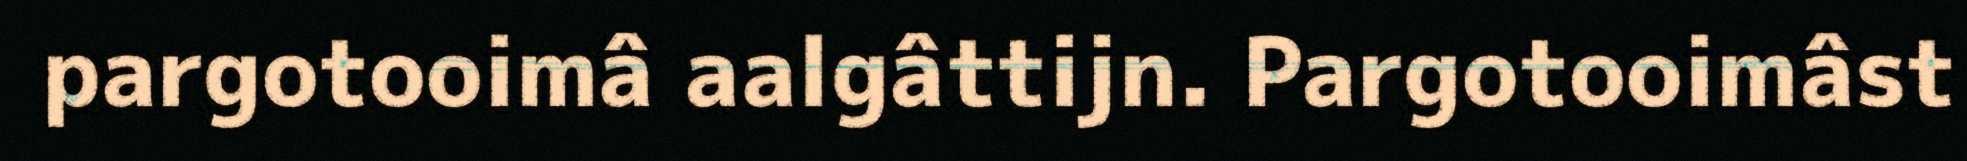
pargotooimâ aalgâttijn. Pargotooimâst